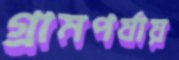
গ্রামপর্যায়